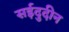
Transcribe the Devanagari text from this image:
सईदुदीन